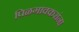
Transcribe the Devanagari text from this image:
पिळगावकरांना